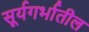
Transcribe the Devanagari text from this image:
सूर्यगर्भातील